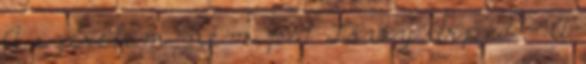
A szerelem nem p 1 Lőwy Árpád - A